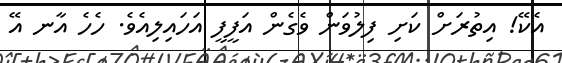
އެކޭ! އިތުރަށް ކަށި ފިލުވަން ވެގެން އަފީފީ އަހައިލިއެވެ. ހެހެ އާނ އޭ